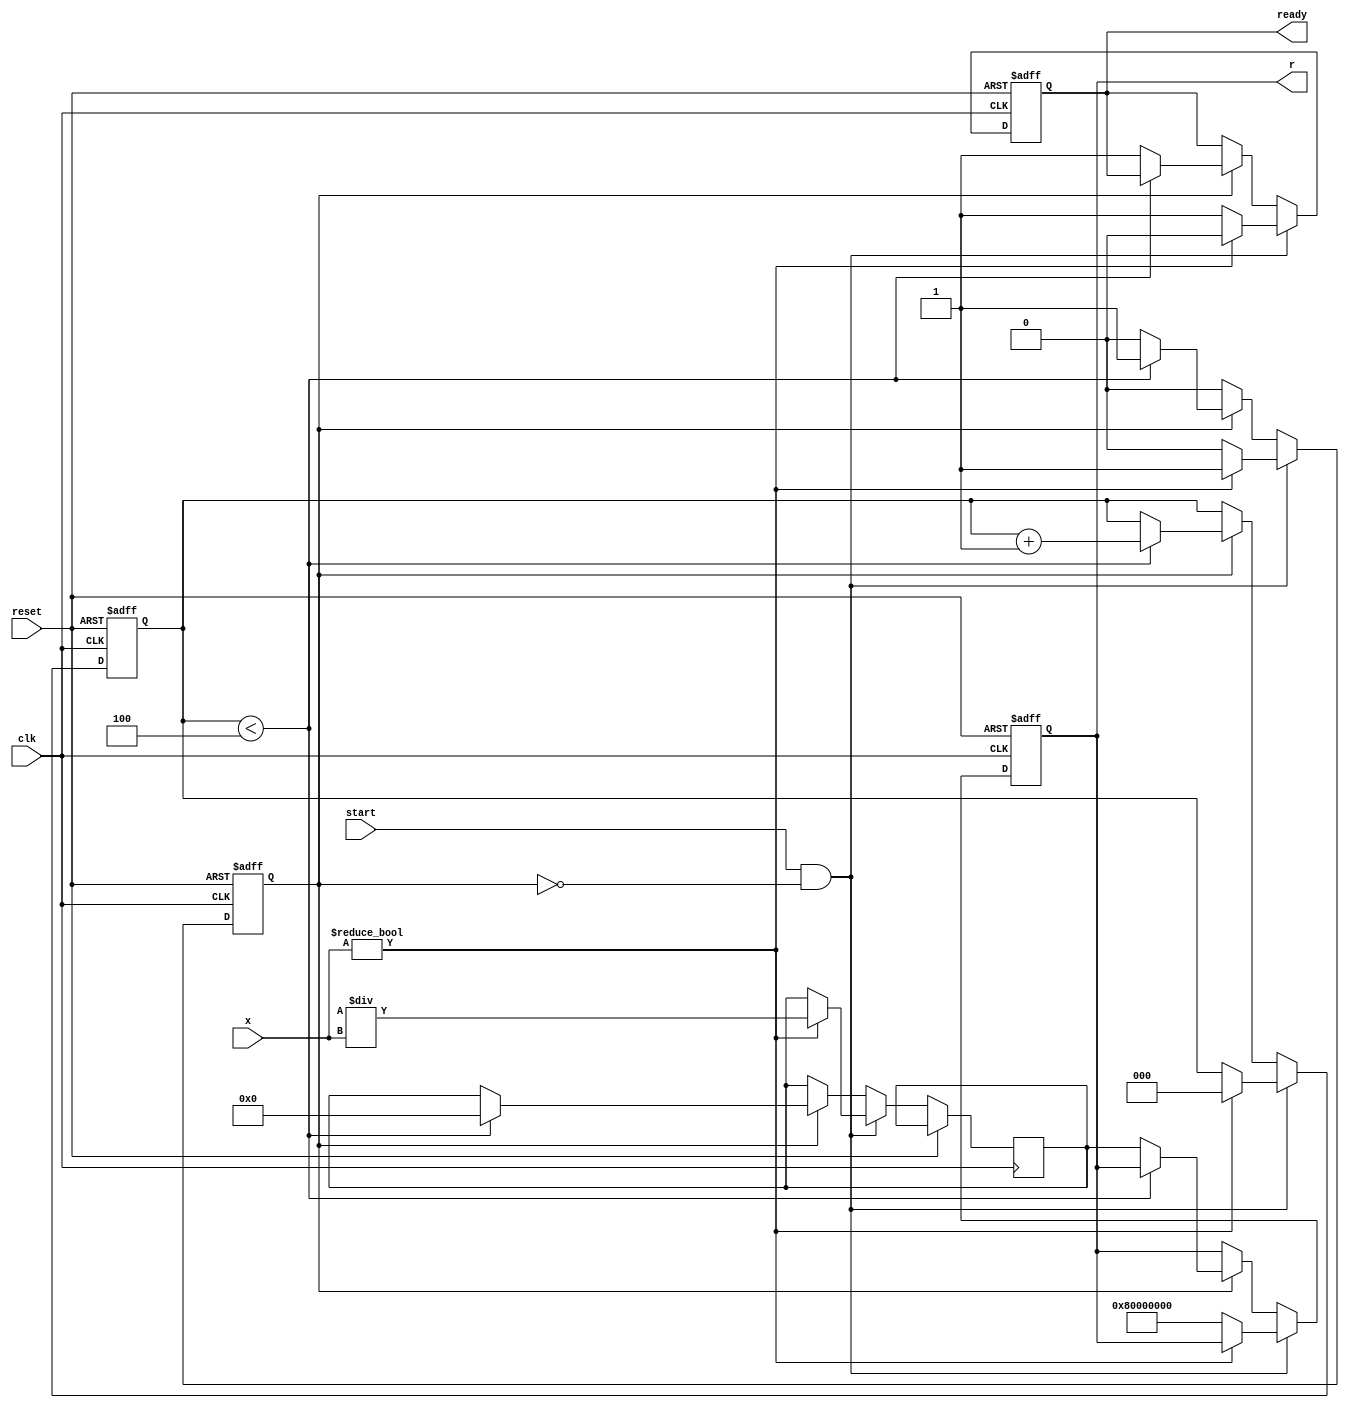
module ReciprocalUnit #(
    parameter WIDTH = 32,     // Width of input and output
    parameter ITERATIONS = 4  // Number of iterations for Newton-Raphson
)(
    input wire clk,           // Clock signal
    input wire reset,         // Reset signal
    input wire start,         // Start signal
    input wire [WIDTH-1:0] x, // Input value
    output reg [WIDTH-1:0] r, // Output reciprocal
    output reg ready          // Ready signal
);

    reg [WIDTH-1:0] r_guess;  // Current guess for reciprocal
    reg [2:0] iteration;       // Iteration counter
    reg busy;                  // Busy flag

    // Handle reset and state transitions
    always @(posedge clk or posedge reset) begin
        if (reset) begin
            r <= 0;
            ready <= 0;
            busy <= 0;
            iteration <= 0;
        end else begin
            if (start && !busy) begin
                // Start the reciprocal computation
                busy <= 1;
                ready <= 0;
                // Initial guess: r_guess = 1/x (using a simple approximation)
                if (x != 0) begin
                    r_guess <= (1 << WIDTH) / x; // Fixed-point division
                    iteration <= 0;
                end else begin
                    // Handle division by zero (return a predefined value)
                    r <= {1'b1, {WIDTH-1{1'b0}}}; // Return infinity or error signal
                    ready <= 1;
                    busy <= 0;
                end
            end else if (busy) begin
                // Perform Newton-Raphson iterations
                if (iteration < ITERATIONS) begin
                    r_guess <= r_guess * (2**WIDTH - x * r_guess) >> WIDTH; // Update guess
                    iteration <= iteration + 1;
                end else begin
                    // Final output after iterations
                    r <= r_guess;
                    ready <= 1;
                    busy <= 0;
                end
            end
        end
    end

endmodule